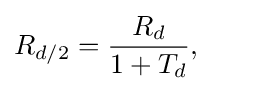
R_{d/2}={\frac {R_{d}}{1+T_{d}}},\qquad